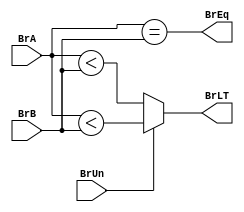
module BranchComp #(parameter DWIDTH=32)
 (
	input				BrUn,
	input		[DWIDTH-1:0]	BrA,
	input		[DWIDTH-1:0]	BrB,
	output   			BrEq,
	output   			BrLT
 );
	
	assign	BrEq = (BrA==BrB);  
	assign	BrLT = BrUn? (BrA<BrB) : ($signed(BrA)<$signed(BrB));  
			
endmodule